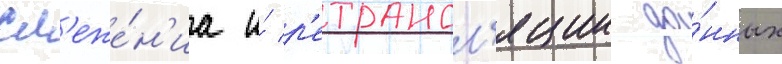
сл'еже́н'иа и́ р'етрансл'яции да́нных